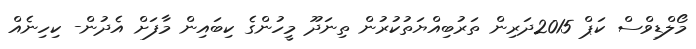
މޯލްޑިވްސް ކަޕް 2015ދަރިން ތަރުބިއްޔަތުކުރުން ތިނަދޫ މީހުންގެ ކިބައިން މާފަށް އެދުން- ކިހިނެއް